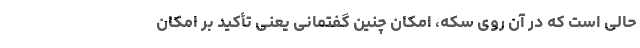
حالی است که در آن روی سکه، امکان چنین گفتمانی یعنی تأکید بر امکان